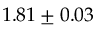
1 . 8 1 \pm 0 . 0 3